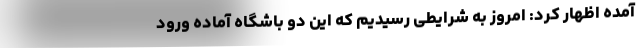
آمده اظهار کرد: امروز به شرایطی رسیدیم که این دو باشگاه آماده ورود